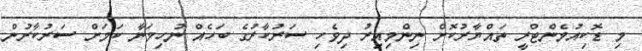
މި ޑޮކިއުމެންޓްރީ ތައްޔާރުކޮށް ނިންމިއިރު ދިވެހި ސަރުކާރުގެ ބަހެއް ނުހިމަނާ ކަަމަށް ސަރުކާރުން